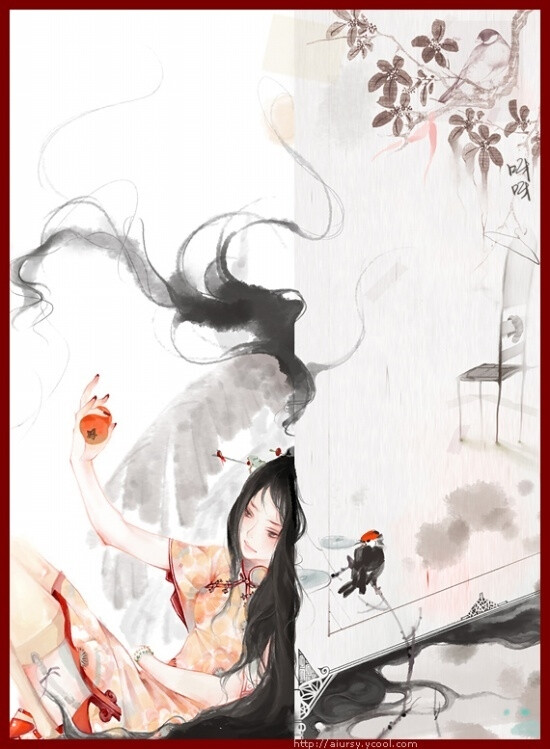
琵琶弦上说相思。当时明月在，曾照彩云归。